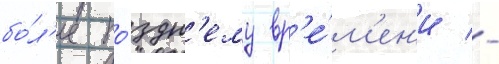
бо́л'ее по́здн'ему вр'е́м'ен'и -